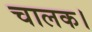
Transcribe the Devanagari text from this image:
चालक।